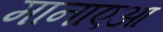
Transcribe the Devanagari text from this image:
मानाएआ